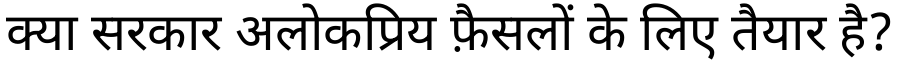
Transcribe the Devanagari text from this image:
क्या सरकार अलोकप्रिय फ़ैसलों के लिए तैयार है?